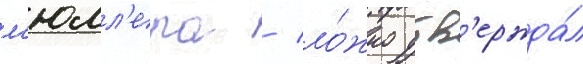
м'юлл'ера / ло́жно утв'ержда́л